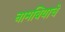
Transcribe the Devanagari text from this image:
नामबियाचे